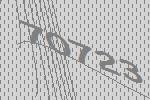
70723